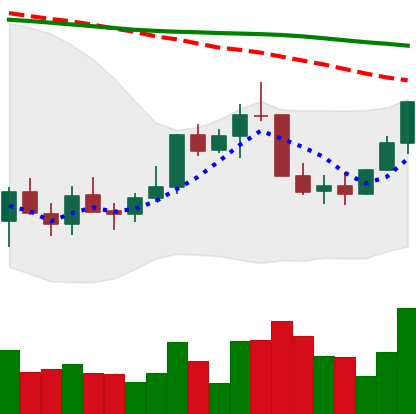
Ticker: LINK-USD
Chart end date: 2022-01-03
Forward return: 8.064%
Label: up_7plus